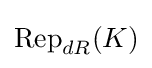
\operatorname {Rep} _{dR}(K)